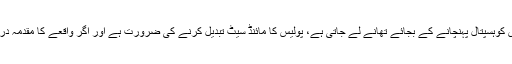
ان کا کہنا تھا کہ پولیس گولیاں لگے شخص کوہسپتال پہنچانے کے بجائے تھانے لے جاتی ہے، پولیس کا مائنڈ سیٹ تبدیل کرنے کی ضرورت ہے اور اگر واقعے کا مقدمہ درج نہ ہوا تو میں خود مقدمہ درج کراؤں گا۔